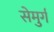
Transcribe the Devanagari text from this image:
सेमुर्ग